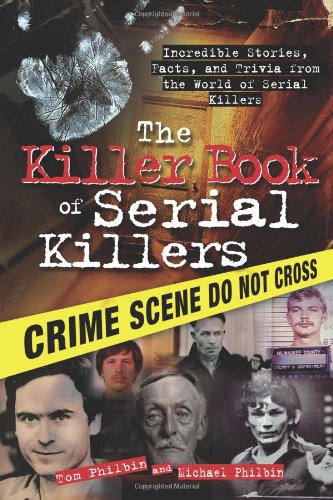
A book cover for The Killer Book of Serial Killers: Incredible Stories, Facts and Trivia from the World of Serial Killers; Michael Philbin; Biographies & Memoirs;